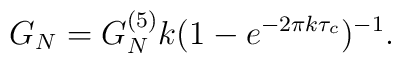
G_{N}=G^{(5)}_{N}k(1-e^{-2\pi k\tau_{c}})^{-1}.